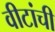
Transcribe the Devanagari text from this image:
वीटांची